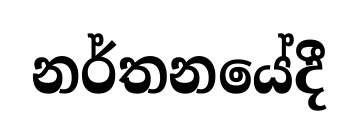
නර්තනයේදී